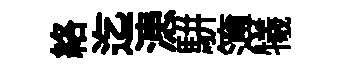
絡迄漶駢簿犧